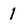
Character: 1